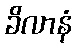
ခိလာနံ